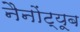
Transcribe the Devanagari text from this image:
नैनोंट्यूब